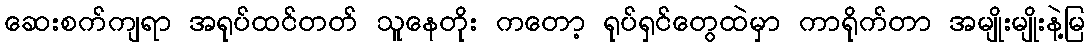
ဆေးစက်ကျရာ အရုပ်ထင်တတ် သူနေတိုး ကတော့ ရုပ်ရှင်တွေထဲမှာ ကာရိုက်တာ အမျိုးမျိုးနဲ့မြ